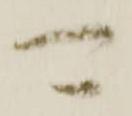
可